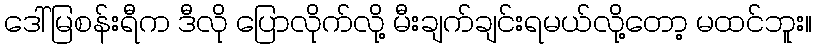
ဒေါ်မြစန်းရီက ဒီလို ပြောလိုက်လို့ မီးချက်ချင်းရမယ်လို့တော့ မထင်ဘူး။